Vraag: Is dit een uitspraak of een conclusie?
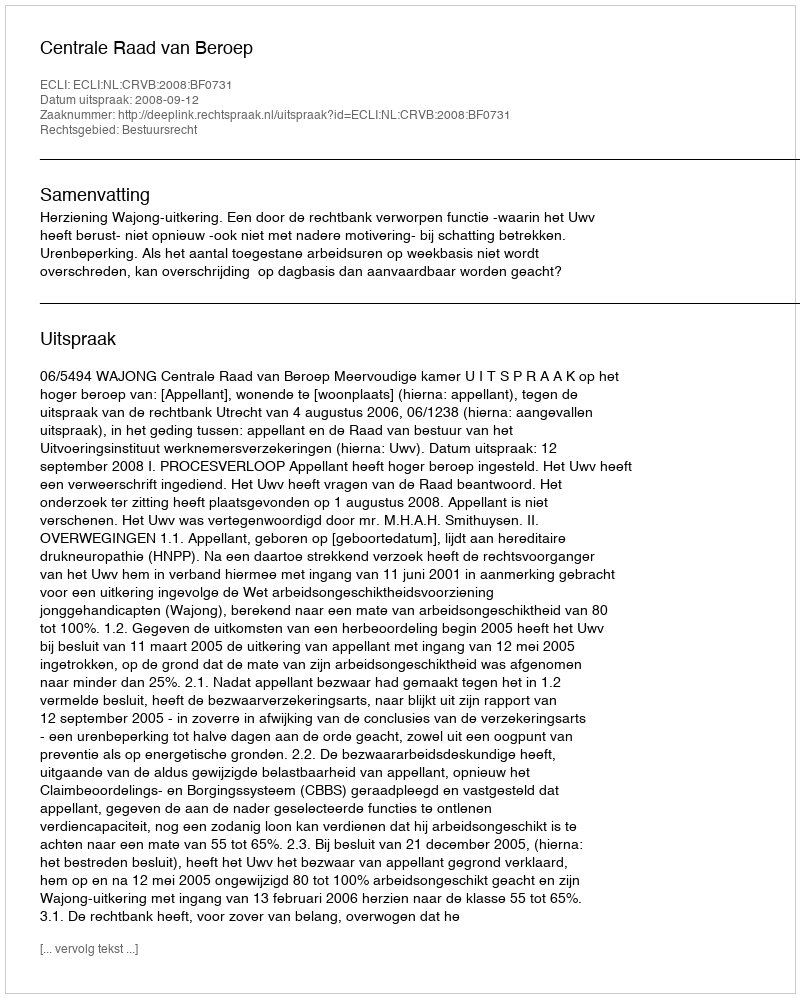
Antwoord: Uitspraak